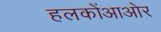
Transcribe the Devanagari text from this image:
हलकोंआओर